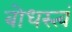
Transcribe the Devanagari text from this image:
बोधस्त्वं